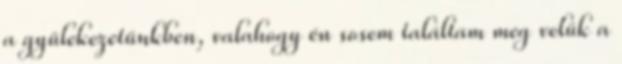
a gyülekezetünkben, valahogy én sosem találtam meg velük a